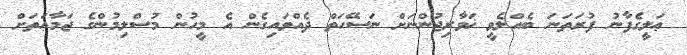
ޢަލީގެފާނު ފުރަތަނަ ބެއްލެވީ ޚަވާރިޖުންނަށް ނަސޭހަތް ދެއްވައިގެން އެ މީހުން މުސްލިމުންގެ ޖަމާޢަތަށް